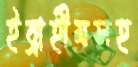
ইব্রাহীমসহ